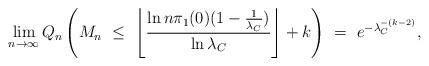
LaTeX: \begin{align*} \lim_{n\to\infty} Q_n\left(M_n \ \le \ \left\lfloor \frac{\ln n \pi_1(0)(1- \frac{1}{\lambda_C})}{\ln \lambda_C}\right\rfloor +k\right) \ = \ e^{-\lambda_C^{-(k-2)}},\end{align*}